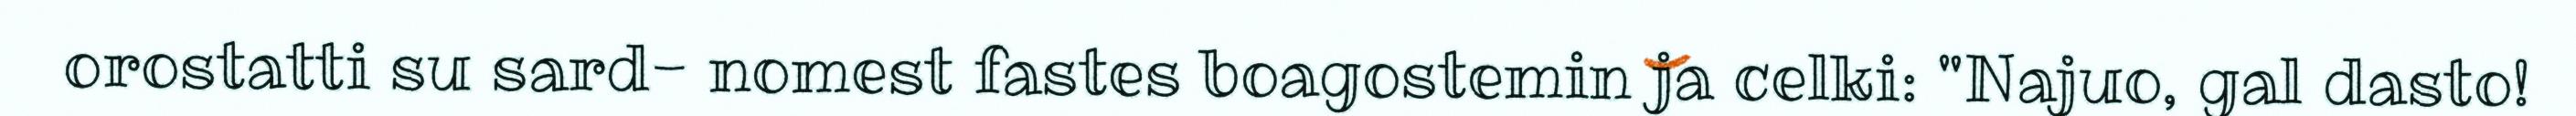
orostatti su sard- nomest fastes boagostemin ja celki: "Najuo, gal dasto!